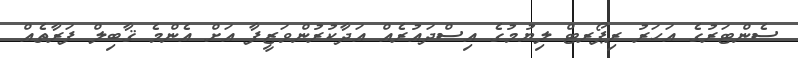
ސެންޓަރުގެ އަހަރު ރިޕޯރޓް ލިޔުމުގެ އިސްދައުރެއް އަދާކުރުންވަޒީފާ އަށް އެންމެ ޤާބިލް ފަރާތެއް